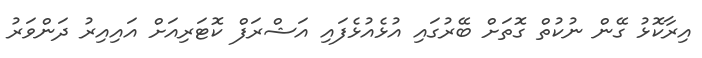
އިރާކޮޅު ގޭން ނުކުތް ގޮތަށް ބޭރުގައި އުޅެއުޅެފައި އަޝްރަފް ކޮޓަރިއަށް އައިއިރު ދަންވަރު